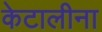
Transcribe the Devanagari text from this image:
केटालीना